Report of the Indian Hemp Drugs Commission, 1894-1895 - Volume IV
Year: 1894
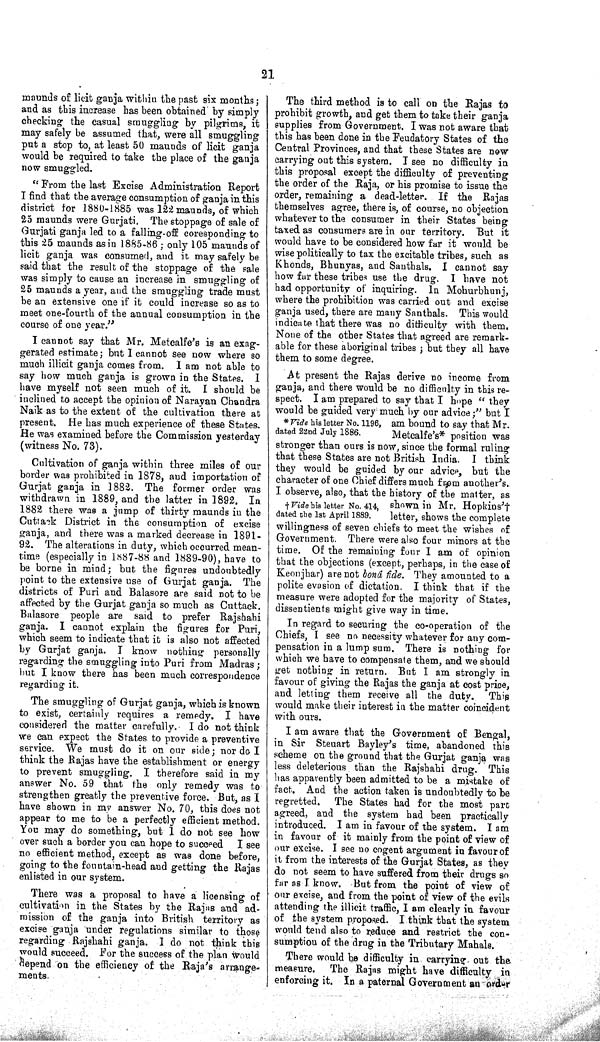
21
maunds of licit ganja within the past six months;
and as this increase has been obtained by simply
checking the casual smuggling by pilgrims, it
may safely be assumed that, were all smuggling
put a stop to, at least 50 maunds of licit ganja
would be required to take the place of the ganja
now smuggled.
"From the last Excise Administration Report
I find that the average consumption of ganja in this
district for 1880-1885 was 122 maunds, of which
25 maunds were Gurjati. The stoppage of sale of
Gurjati ganja led to a falling off coresponding to
this 25 maunds as in 1885-86; only 105 maunds of
licit ganja was consumed, and it may safely be
said that the result of the stoppage of the sale
was simply to cause an increase in smuggling of
25 maunds a year, and the smuggling trade must
be an extensive one if it could increase so as to
meet one-fourth of the annual consumption in the
course of one year."
I cannot say that Mr. Metcalfe's is an exag-
gerated estimate; but I cannot see now where so
much illicit ganja comes from. I am not able to
say how much ganja is grown in the States. I
have myself not seen much of it. I should be
inclined to accept the opinion of Narayan Chandra
Naik as to the extent of the cultivation there at
present. He has much experience of these States.
He was examined before the Commission yesterday
(witness No. 73).
Cultivation of ganja within three miles of our
border was prohibited in 1878, and importation of
Gurjat ganja in 1882. The former order was
withdrawn in 1889, and the latter in 1892. In
1882 there was a jump of thirty maunds in the
Cuttack District in the consumption of excise
ganja, and there was a marked decrease in 1891-
92. The alterations in duty, which occurred mean-
time (especially in 1887-88 and 1889-90), have to
be borne in mind; but the figures undoubtedly
point to the extensive use of Gurjat ganja. The
districts of Puri and Balasore are said not to be
affected by the Gurjat ganja so much as Cuttack.
Balasore people are said to prefer Rajshahi
ganja. I cannot explain the figures for Puri,
which seem to indicate that it is also not affected
by Gurjat ganja. I know nothing personally
regarding the smuggling into Puri from Madras;
but I know there has been much correspondence
regarding it.
The smuggling of Gurjat ganja, which is known
to exist, certainly requires a remedy. I have
considered the matter carefully. I do not think
we can expect the States to provide a preventive
service. We must do it on our side; nor do I
think the Rajas have the establishment or energy
to prevent smuggling. I therefore said in my
answer No. 59 that the only remedy was to
strengthen greatly the preventive force. But, as I
have shown in my answer No. 70, this does not
appear to me to be a perfectly efficient method.
You may do something, but I do not see how
over such a border you can hope to succeed I see
no efficient method, except as was done before,
going to the fountain-head and getting the Rajas
enlisted in our system.
There was a proposal to have a licensing of
cultivation in the States by the Rajas and ad-
mission of the ganja into British territory as
excise ganja under regulations similar to those
regarding Rajshahi ganja. I do not think this
would succeed. For the success of the plan would
depend on the efficiency of the Raja's arrange-
ments.
The third method is to call on the Rajas to
prohibit growth, and get them to take their ganja
supplies from Government. I was not aware that
this has been done in the Feudatory States of the
Central Provinces, and that these States are now
carrying out this system. I see no difficulty in
this proposal except the difficulty of preventing
the order of the Raja, or his promise to issue the
order, remaining a dead-letter. If the Rajas
themselves agree, there is, of course, no objection
whatever to the consumer in their States being
taxed as consumers are in our territory. But it
would have to be considered how far it would be
wise politically to tax the excitable tribes, such as
Khonds, Bhunyas, and Santhals. I cannot say
how far these tribes use the drug. I have not
had opportunity of inquiring. In Mohurbhunj,
where the prohibition was carried out and excise
ganja used, there are many Santhals. This would
indicate that there was no difficulty with them.
None of the other States that agreed are remark-
able for these aboriginal tribes; but they all have
them to some degree.
*Vide his letter No. 1196,
dated 22nd July 1886.
†Vide his letter No. 414,
dated the 1st April 1889.
At present the Rajas derive no income from
ganja, and there would be no difficulty in this re-
spect. I am prepared to say that I hope "they
would be guided very much by our advice;" but I
am bound to say that Mr.
Metcalfe's* position was
stronger than ours is now, since the formal ruling
that these States are not British India. I think
they would be guided by our advice, but the
character of one Chief differs much from another's.
I observe, also, that the history of the matter, as
shown in Mr. Hopkins'†
letter, shows the complete
willingness of seven chiefs to meet the wishes of
Government. There were also four minors at the
time. Of the remaining four I am of opinion
that the objections (except, perhaps, in the case of
Keonjhar) are not boná fide. They amounted to a
polite evasion of dictation. I think that if the
measure were adopted for the majority of States,
dissentients might give way in time.
In regard to securing the co-operation of the
Chiefs, I see no necessity whatever for any com-
pensation in a lump sum. There is nothing for
which we have to compensate them, and we should
get nothing in return. But I am strongly in
favour of giving the Rajas the ganja at cost price,
and letting them receive all the duty. This
would make their interest in the matter coincident
with ours.
I am aware that the Government of Bengal,
in Sir Steuart Bayley's time, abandoned this
scheme on the ground that the Gurjat ganja was
less deleterious than the Rajshahi drug. This
has apparently been admitted to be a mistake of
fact. And the action taken is undoubtedly to be
regretted. The States had for the most part
agreed, and the system had been practically
introduced. I am in favour of the system. I am
in favour of it mainly from the point of view of
our excise. I see no cogent argument in favour of
it from the interests of the Gurjat States, as they
do not seem to have suffered from their drugs so
far as I know. But from the point of view of
our excise, and from the point of view of the evils
attending the illicit traffic, I am clearly in favour
of the system proposed. I think that the system
would tend also to reduce and restrict the con-
sumption of the drug in the Tributary Mahals.
There would be difficulty in carrying out the
measure. The Rajas might have difficulty in
enforcing it. In a paternal Government an order